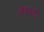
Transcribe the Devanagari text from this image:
लैस्जलो